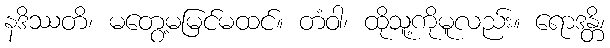
နဒိဿတိ၊ မတွေ့မမြင်မထင်။ တံဝါ၊ ထိုသူ့ကိုမူလည်း။ ရောဒန္တိ၊